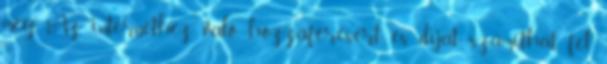
meg Az internethez való hozzáférésért és díjat számíthat fel.